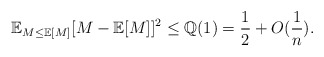
\begin{align*}\mathbb{E}_{M\le\mathbb{E}[M]}[M-\mathbb{E}[M]]^2\le \mathbb{Q}(1)=\frac{1}{2}+O(\frac{1}{n}).\end{align*}